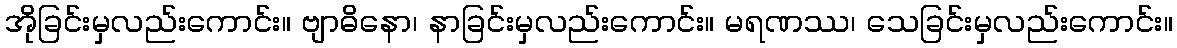
အိုခြင်းမှလည်းကောင်း။ ဗျာဓိနော၊ နာခြင်းမှလည်းကောင်း။ မရဏဿ၊ သေခြင်းမှလည်းကောင်း။